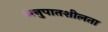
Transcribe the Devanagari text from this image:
अनुपातशीलता